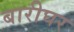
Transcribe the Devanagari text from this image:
बारीघर